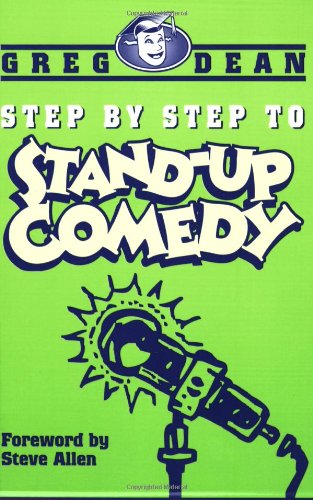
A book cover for Step by Step to Stand-Up Comedy; Greg Dean; Humor & Entertainment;